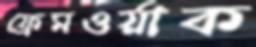
ফ্রেমওর্য়াক